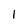
Character: I